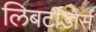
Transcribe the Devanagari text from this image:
लिबर्टाडोर्स